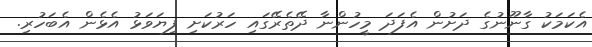
އެކަމަކު ގާނޫނުގެ ދަށުން އެފަދަ މީހުންނާ ދޭތެރޭގައި ހަރުކަށި ފިޔަވަޅު އެޅެން އެބަހުރި.